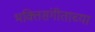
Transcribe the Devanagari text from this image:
भक्तिसंगीताच्या